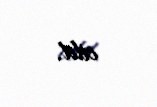
cild.